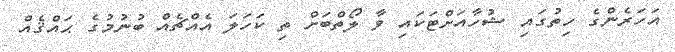
އަހަރެންގެ ހިތުގައި ޝުހާއަށްޓަކައި ވާ ލޯތްބަށް ތި ކަހަލަ އެއްޗެއް ބުނުމުގެ ޙައްޤެއް